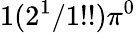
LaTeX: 1(2^{1}/1!!)\pi^{0}